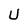
Character: U